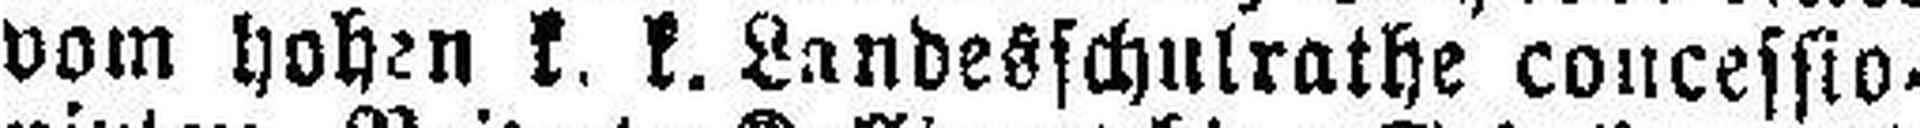
vom hohen k. k. Landesschulrathe concessio¬